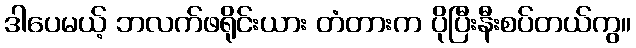
ဒါပေမယ့် ဘလက်ဖရိုင်းယား တံတားက ပိုပြီးနီးစပ်တယ်ကွ။